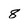
Character: 8